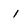
Character: 1